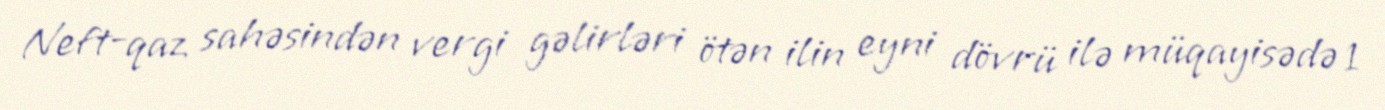
Neft-qaz sahəsindən vergi gəlirləri ötən ilin eyni dövrü ilə müqayisədə 1